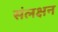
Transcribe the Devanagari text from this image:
संलक्षन